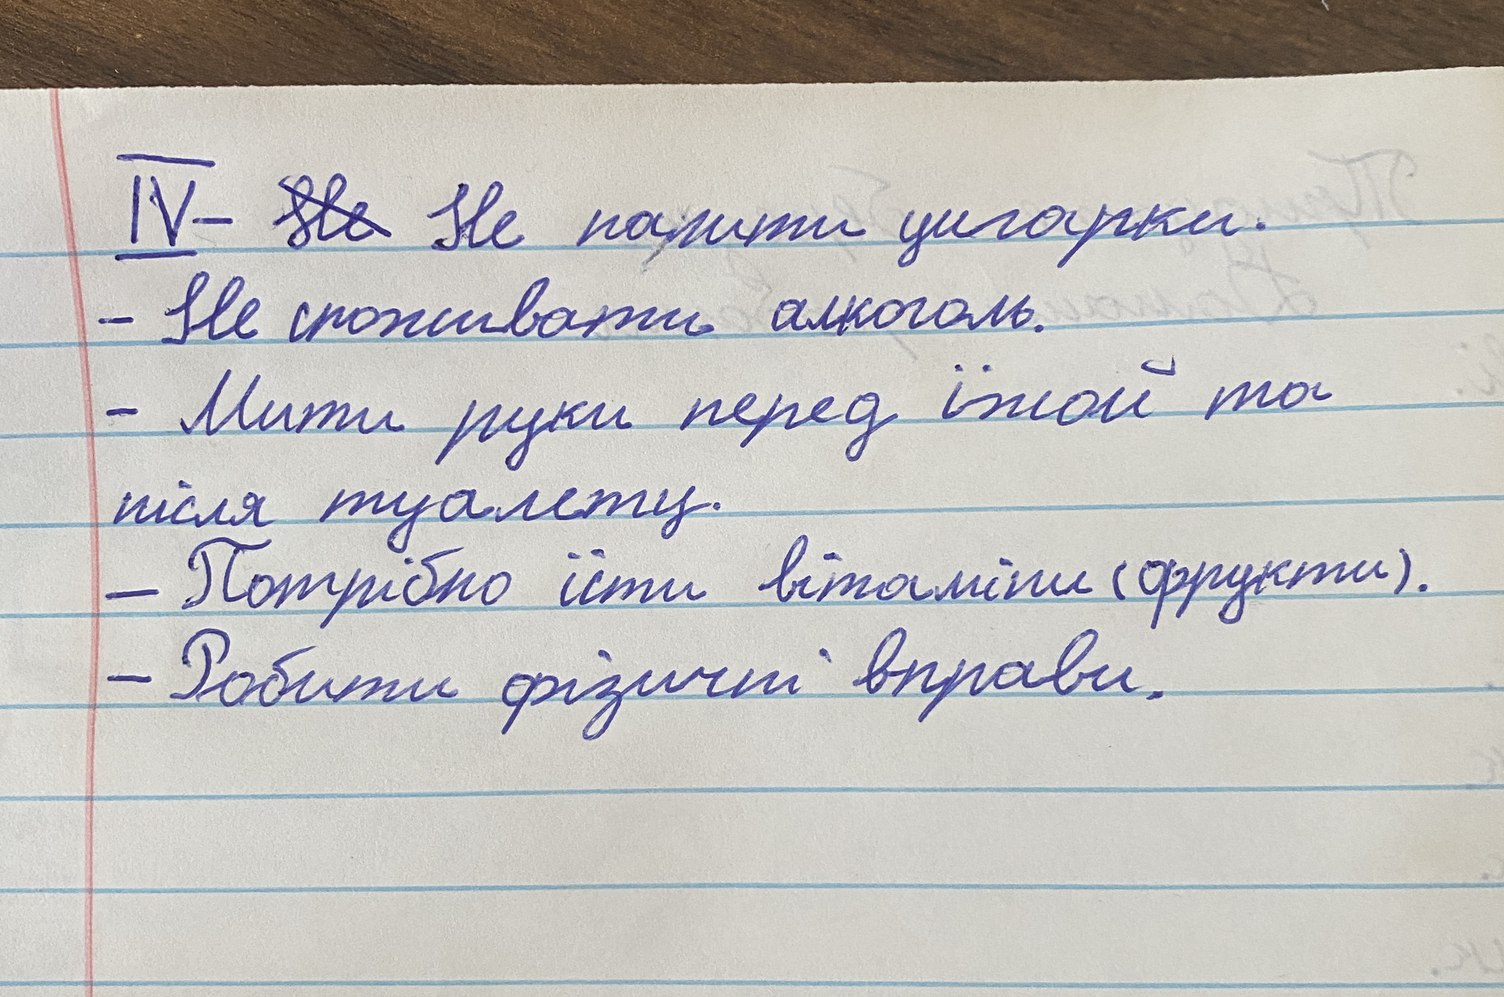
IV- ~~Не~~ Не палити цигарки.
- Не споживати алкоголь.
- Мити руки перед їжою та
після туалету.
- Потрібно їсти вітаміни (фрукти).
- Робити фізичні вправи.